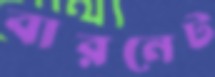
বারনেট